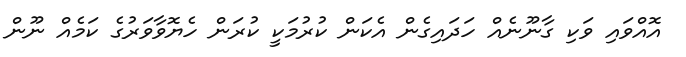
އޮއްވައި ވަކި ގާނޫނެއް ހަދައިގެން އެކަން ކުރުމަކީ ކުރަން ހެޔޮވާވަރުގެ ކަމެއް ނޫން